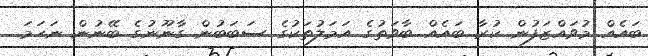
ބައެއް މުވައްޒަފުން ކުރާ ބައެއް ބާވަތުގެ އަމަލުތަކުގެ ސަބަބުން ގާނޫނުގެ ބޭނުން ނަހަމަ